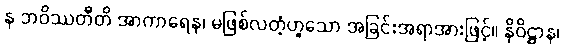
န ဘဝိဿတီတိ အာကာရေန၊ မဖြစ်လတံ့ဟူသော အခြင်းအရာအားဖြင့်။ နိဝိဋ္ဌာန၊